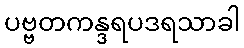
ပဗ္ဗတကန္ဒရပဒရသာခါ